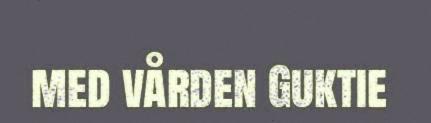
med vården Guktie